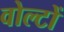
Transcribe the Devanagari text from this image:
वोल्टों